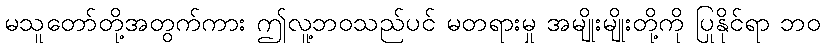
မသူတော်တို့အတွက်ကား ဤလူ့ဘဝသည်ပင် မတရားမှု အမျိုးမျိုးတို့ကို ပြုနိုင်ရာ ဘဝ